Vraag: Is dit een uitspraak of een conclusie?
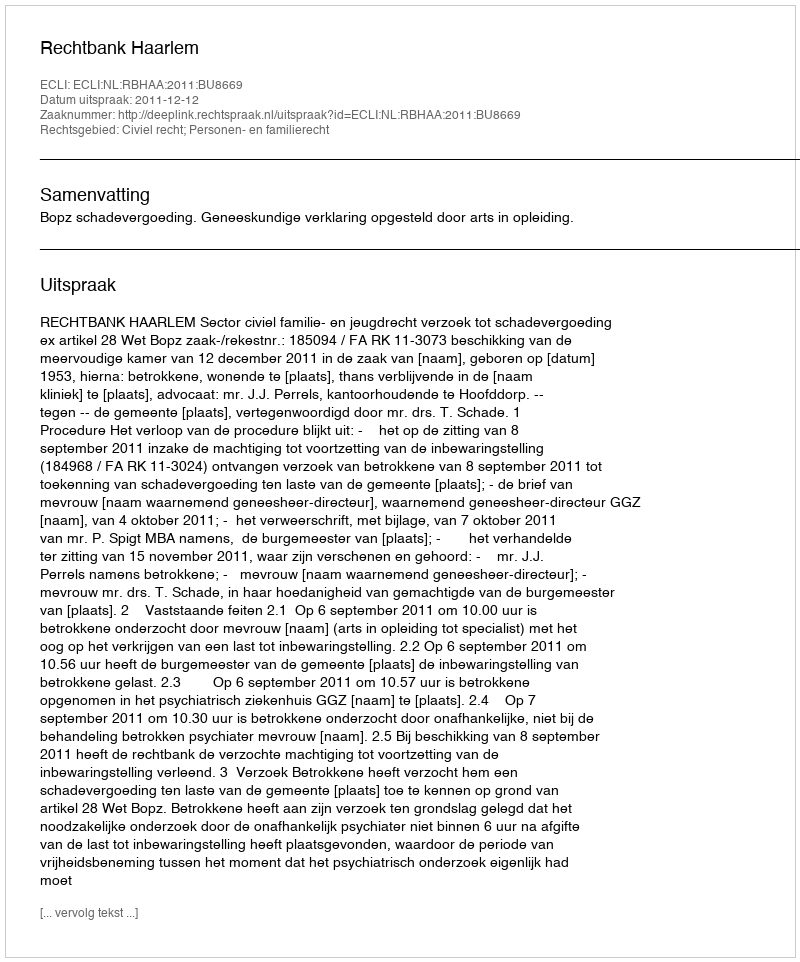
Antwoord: Uitspraak